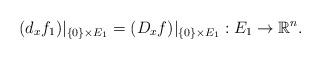
LaTeX: \begin{align*} (d_xf_1)|_{\{0\} \times E_1} = (D_xf)|_{\{0\} \times E_1} : E_1 \rightarrow \mathbb{R}^n.\end{align*}